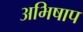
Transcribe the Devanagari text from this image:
अभिषाप